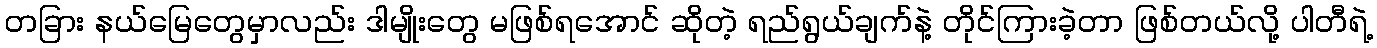
တခြား နယ်မြေတွေမှာလည်း ဒါမျိုးတွေ မဖြစ်ရအောင် ဆိုတဲ့ ရည်ရွယ်ချက်နဲ့ တိုင်ကြားခဲ့တာ ဖြစ်တယ်လို့ ပါတီရဲ့